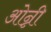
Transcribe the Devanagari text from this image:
ओन्नी